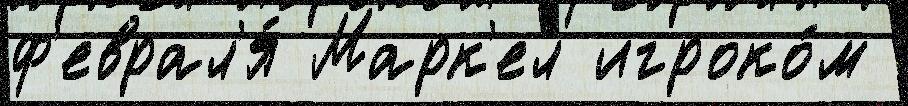
ф'еврал'я́ Марк'ел игроко́м